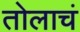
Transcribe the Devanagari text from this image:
तोलाचं